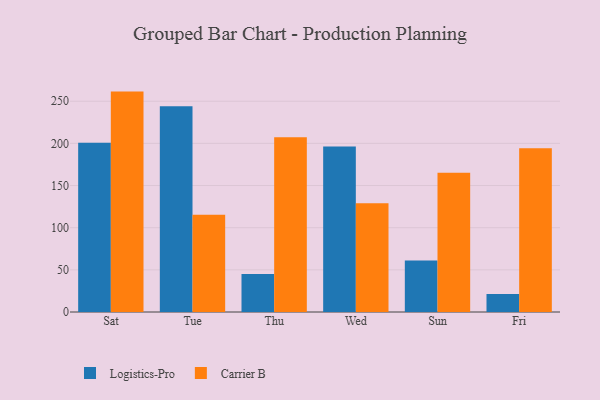
{"axis": {"x": "Day", "y": "Satisfaction Score"}, "legend": ["Carrier B", "Logistics-Pro"], "data": [{"x": "Sat", "y": 200.7, "type": "Logistics-Pro"}, {"x": "Sat", "y": 261.4, "type": "Carrier B"}, {"x": "Tue", "y": 244.0, "type": "Logistics-Pro"}, {"x": "Tue", "y": 115.2, "type": "Carrier B"}, {"x": "Thu", "y": 45.2, "type": "Logistics-Pro"}, {"x": "Thu", "y": 207.4, "type": "Carrier B"}, {"x": "Wed", "y": 196.3, "type": "Logistics-Pro"}, {"x": "Wed", "y": 128.9, "type": "Carrier B"}, {"x": "Sun", "y": 61.2, "type": "Logistics-Pro"}, {"x": "Sun", "y": 165.1, "type": "Carrier B"}, {"x": "Fri", "y": 21.4, "type": "Logistics-Pro"}, {"x": "Fri", "y": 194.2, "type": "Carrier B"}]}